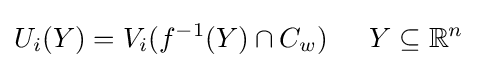
U_{i}(Y)=V_{i}(f^{-1}(Y)\cap C_{w})\,\,\,\,\,\,\,\,\,Y\subseteq \mathbb {R} ^{n}